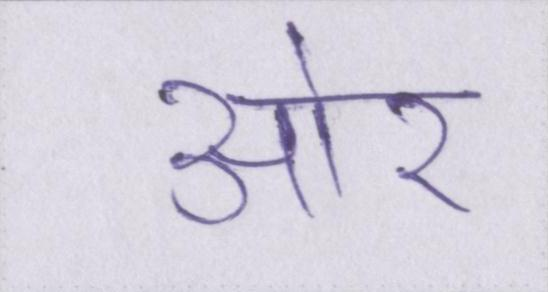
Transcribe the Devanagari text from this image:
आ॓र